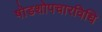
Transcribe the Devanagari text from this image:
षोडशोपचारविधि